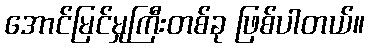
အောင်မြင်မှုကြီးတစ်ခု ဖြစ်ပါတယ်။